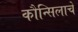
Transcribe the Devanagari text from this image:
कौन्सिलाचे